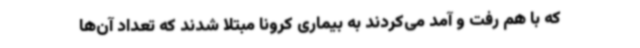
که با هم رفت و آمد می‌کردند به بیماری کرونا مبتلا شدند که تعداد آن‌ها